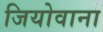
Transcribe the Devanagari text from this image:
जियोवाना